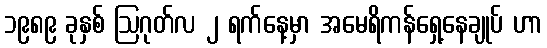
၁၉၈၉ ခုနှစ် ဩဂုတ်လ ၂ ရက်နေ့မှာ အမေရိကန်ရှေ့နေချုပ် ဟာ